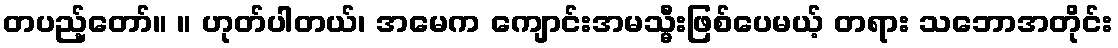
တပည့်တော်။ ။ ဟုတ်ပါတယ်၊ အမေက ကျောင်းအမသ္မီးဖြစ်ပေမယ့် တရား သဘောအတိုင်း